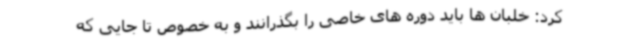
کرد: خلبان ها باید دوره های خاصی را بگذرانند و به خصوص تا جایی که